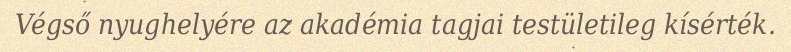
Végső nyughelyére az akadémia tagjai testületileg kísérték.